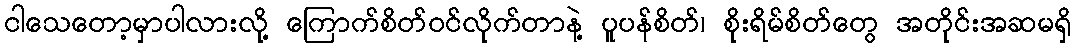
ငါသေတော့မှာပါလားလို့ ကြောက်စိတ်ဝင်လိုက်တာနဲ့ ပူပန်စိတ်၊ စိုးရိမ်စိတ်တွေ အတိုင်းအဆမရှိ